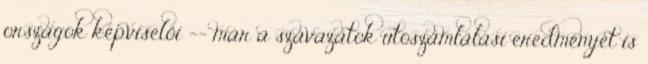
országok képviselői -- már a szavazatok utószámlálási eredményét is